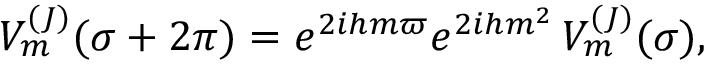
V _ { m } ^ { ( J ) } ( \sigma + 2 \pi ) = e ^ { 2 i h m \varpi } e ^ { 2 i h m ^ { 2 } } \, V _ { m } ^ { ( J ) } ( \sigma ) ,